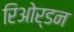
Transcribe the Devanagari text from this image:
रिओर्डन